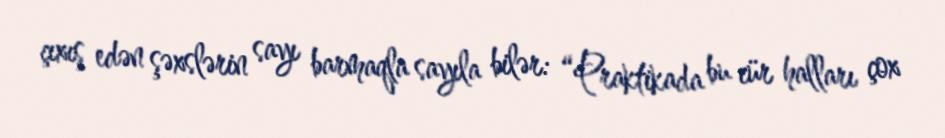
çıxış edən şəxslərin sayı barmaqla sayıla bilər: “Praktikada bu cür halları çox